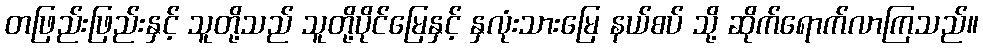
တဖြည်းဖြည်းနှင့် သူတို့သည် သူတို့ပိုင်မြေနှင့် နှလုံးသားမြေ နယ်စပ် သို့ ဆိုက်ရောက်လာကြသည်။